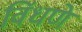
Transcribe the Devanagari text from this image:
विंधणे